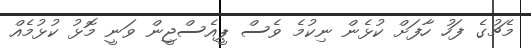
މެޗުގެ ފަހު ހާފަށް ކުޅެން ނިކުމެ ވެސް ޕީއެސްޖީން ވަނީ މޮޅު ކުޅުމެއް